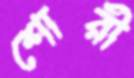
শোরী